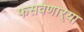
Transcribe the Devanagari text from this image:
फसवणार्‍या